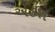
એકશ